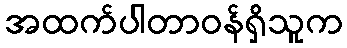
အထက်ပါတာဝန်ရှိသူက